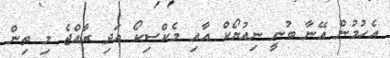
އެހުމުން އޭނާ ބުނީ ނިއުޔޯކް އާއި މެކްސިކޯ އަދި ރާއްޖެ މި ތިން